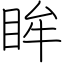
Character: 眸